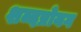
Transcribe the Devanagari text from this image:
शब्दप्रोयग